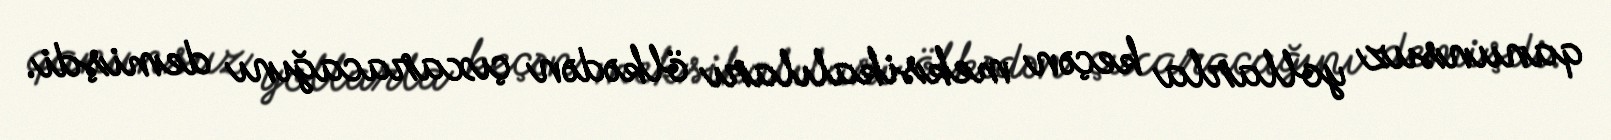
qanunsuz yollarla keçən meksikalıları ölkədən çıxaracağını demişdi.